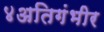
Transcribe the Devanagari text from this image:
४अतिगंभीर